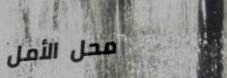
محل الأمل